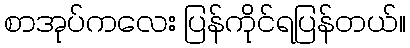
စာအုပ်ကလေး ပြန်ကိုင်ရပြန်တယ်။